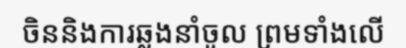
ចិននិងការឆ្លងនាំចូល ព្រមទាំងលើ